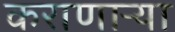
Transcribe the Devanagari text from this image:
कराणाऱ्या